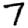
Digit: 7